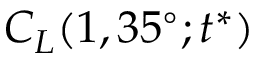
C _ { L } ( 1 , 3 5 ^ { \circ } ; t ^ { * } )